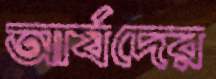
আর্যদের